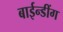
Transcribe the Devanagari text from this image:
बाईन्डींग